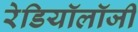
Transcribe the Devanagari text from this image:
रेडियॉलॉजी